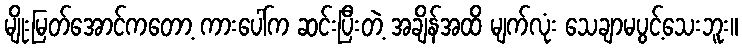
မျိုးမြတ်အောင်ကတော့ ကားပေါ်က ဆင်းပြီးတဲ့ အချိန်အထိ မျက်လုံး သေချာမပွင့်သေးဘူး။